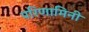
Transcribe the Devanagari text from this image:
परिणामिनी